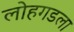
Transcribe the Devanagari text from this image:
लोहगडला